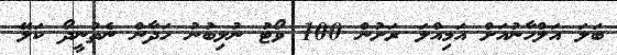
ބަލަ އަލްހާނުއަށް އަމިއްލަ ރަށުން 100 ވޯޓު ނުލިބުނު ހަދާން ނެތުނީދޯ ކަލޭ